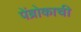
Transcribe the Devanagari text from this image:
पेंब्रोकाची